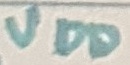
Text: VDD